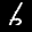
Label: 6